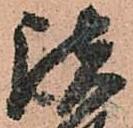
諸